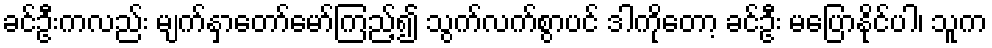
ခင်ဦးကလည်း မျက်နှာတော်မော်ကြည့်၍ သွက်လက်စွာပင် ဒါကိုတော့ ခင်ဦး မပြောနိုင်ပါ၊ သူက